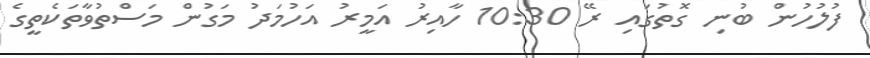
ފުލުހުން ބުނި ގޮތުގައި ރޭ 10:30 ހާއިރު އަމީރު އަހުމަދު މަގުން މަސްތުވާތަކެތީގެ